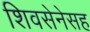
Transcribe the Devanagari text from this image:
शिवसेनेसह